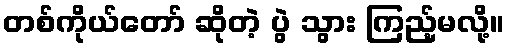
တစ်ကိုယ်တော် ဆိုတဲ့ ပွဲ သွား ကြည့်မလို့။